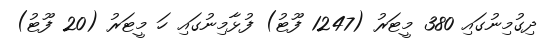
ދިގުމިނުގައި 380 މީޓަރު (1247 ފޫޓު) ފުޅާމިނުގައި ހަ މީޓަރު (20 ފޫޓު)